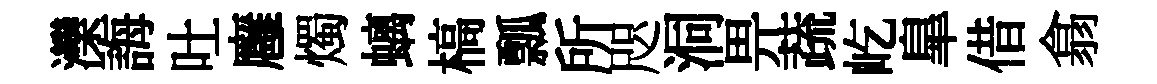
灤誨吐廱燭螭槁瓢所咫洞畀蔬屹臯借翕